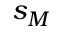
s _ { M }